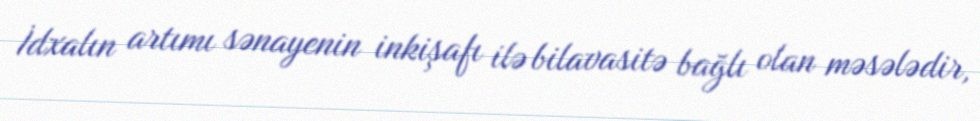
İdxalın artımı sənayenin inkişafı ilə bilavasitə bağlı olan məsələdir,